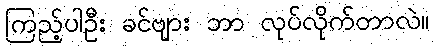
ကြည့်ပါဦး ခင်ဗျား ဘာ လုပ်လိုက်တာလဲ။